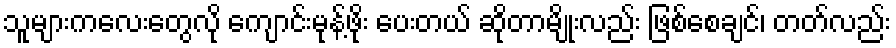
သူများကလေးတွေလို ကျောင်းမုန့်ဖိုး ပေးတယ် ဆိုတာမျိုးလည်း ဖြစ်စေချင်၊ တတ်လည်း